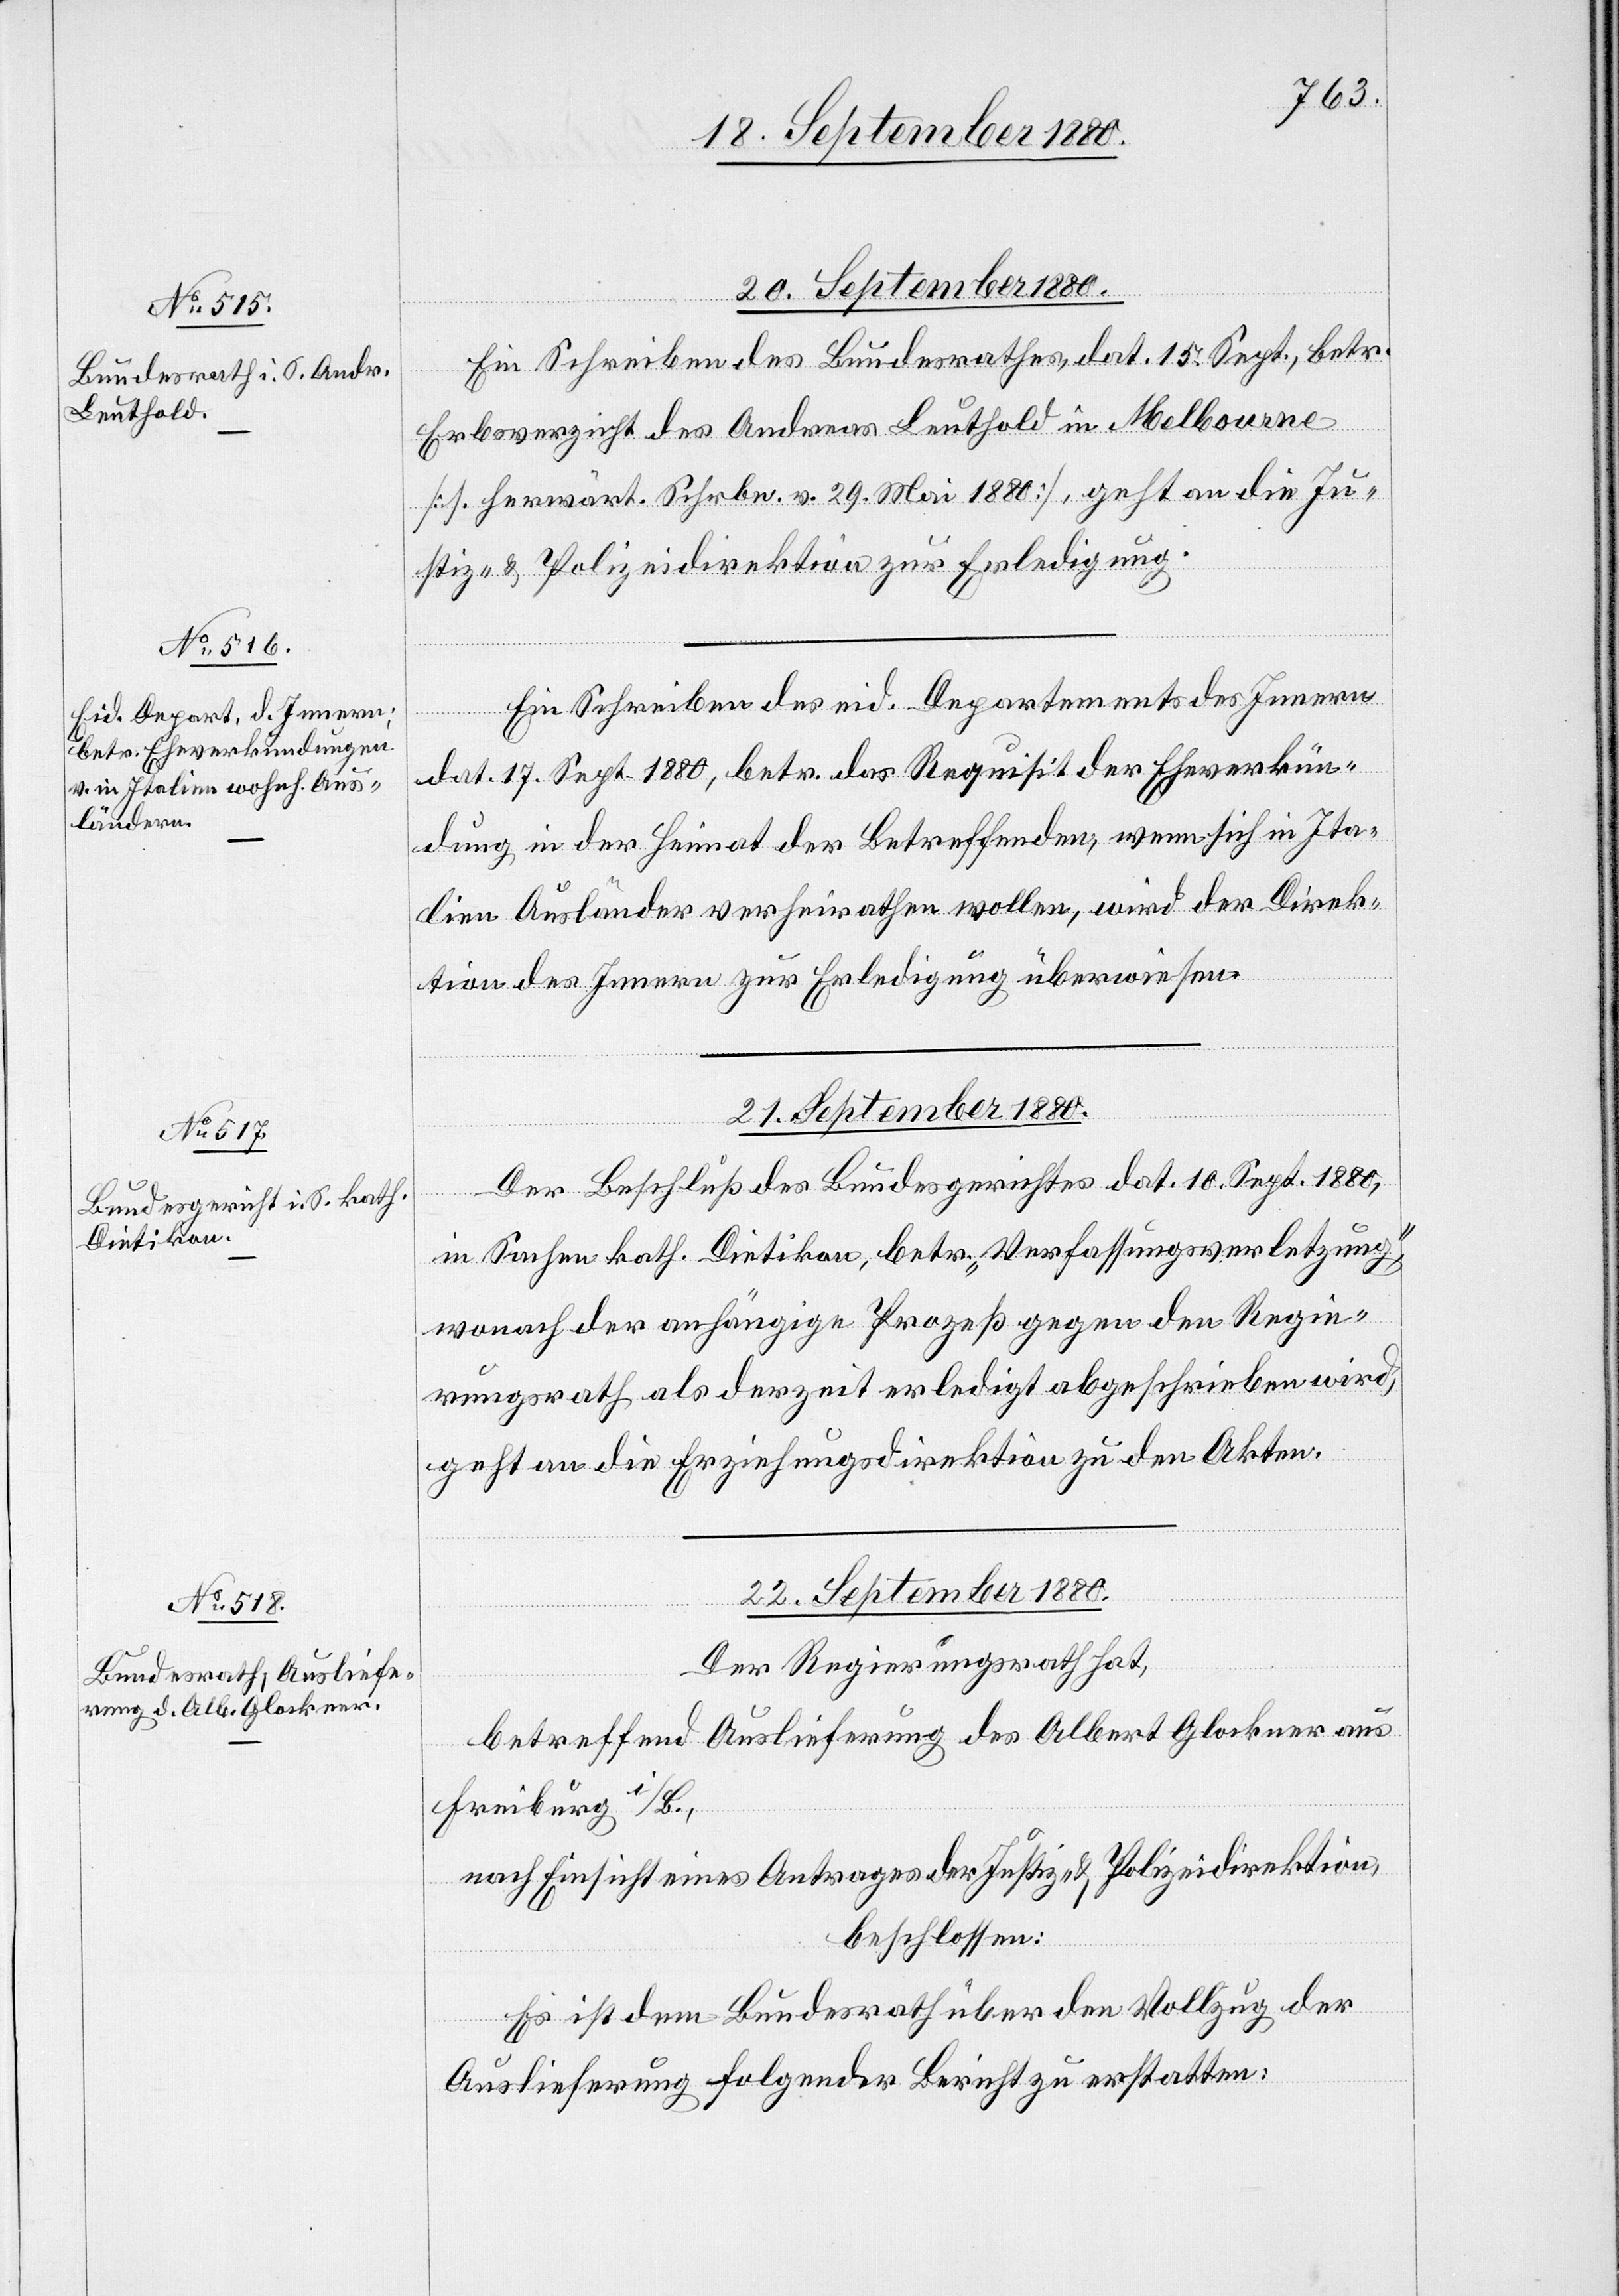
22. September 1880.
20. September 1880.
Ein Schreiben des Bundesrathes, dat. 15. Sept., betr.
Erbsverzicht des Andreas Leuthold in Melbourne
[s. herwärt. Schrbn. v. 29. Mai 1880], geht an die Ju¬
stiz- & Polizeidirektion zur Erledigung.
Ein Schreiben des eid. Departements des Innern
dat. 17. Sept. 1880, betr. das Requisit der Eheverkün¬
dung in der Heimat der Betreffenden, wenn sich in Ita¬
lien Ausländer verheirathen wollen, wird der Direk¬
tion des Innern zur Erledigung überwiesen.
21. September 1880.
Der Beschluß des Bundesgerichtes dat. 10. Sept. 1880,
in Sachen kath. Dietikon, betr. „Verfassungsverletzung“,
wonach der anhängige Prozeß gegen den Regie¬
rungsrath als derzeit erledigt abgeschrieben wird,
geht an die Erziehungsdirektion zu den Akten.
Der Regierungsrath hat,
betreffend Auslieferung des Albert Glockner aus
Freiburg i/B.,
nach Einsicht eines Antrages der Justiz- & Polizeidirektion,
beschlossen:
Es ist dem Bundesrath über den Vollzug der
Auslieferung folgender Bericht zu erstatten: